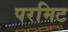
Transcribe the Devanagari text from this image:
परमिट